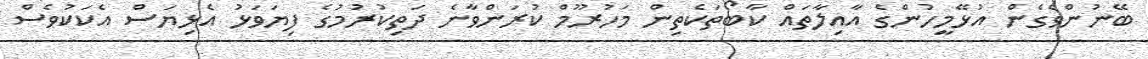
ބޭނުންވެގެން އުޅޭމީހުންގެ އާއިލާތައް ކާބޯތަކެތިން މަހުރޫމް ކުރަންވާނެ ދަތިކުރުމުގެ ފިޔަވަޅު އެޅިޔަސް އެކަކުވެސް